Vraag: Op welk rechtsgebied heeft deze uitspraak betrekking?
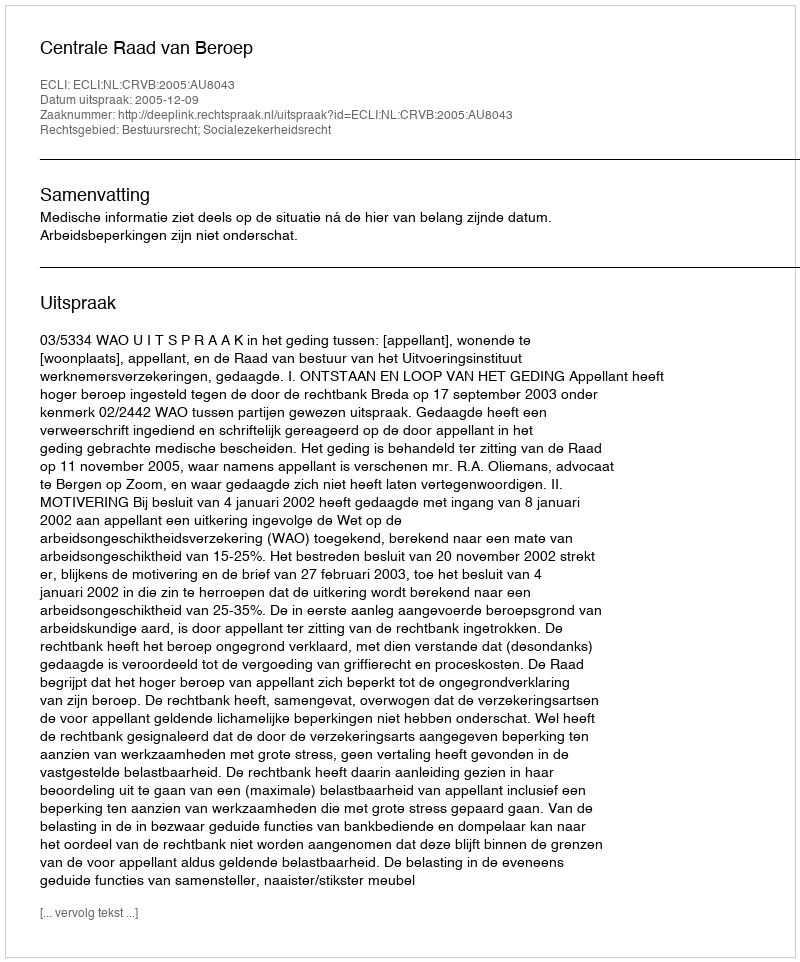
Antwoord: Bestuursrecht; Socialezekerheidsrecht